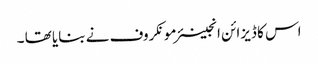
اس کا ڈیزائن انجینئر مونکروف نے بنایا تھا ۔